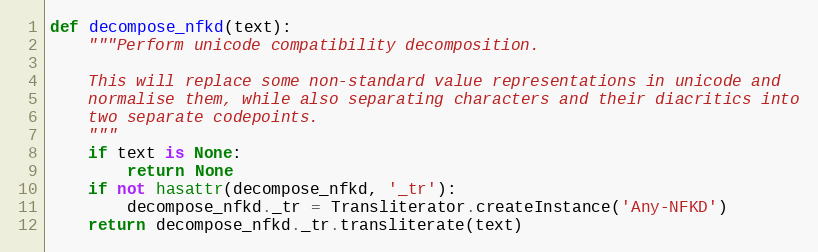
Language: Python
def decompose_nfkd(text):
    """Perform unicode compatibility decomposition.

    This will replace some non-standard value representations in unicode and
    normalise them, while also separating characters and their diacritics into
    two separate codepoints.
    """
    if text is None:
        return None
    if not hasattr(decompose_nfkd, '_tr'):
        decompose_nfkd._tr = Transliterator.createInstance('Any-NFKD')
    return decompose_nfkd._tr.transliterate(text)